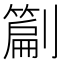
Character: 𭄙